Vaccination in Bombay 1869-1873 - 1869-1873
Year: 1869
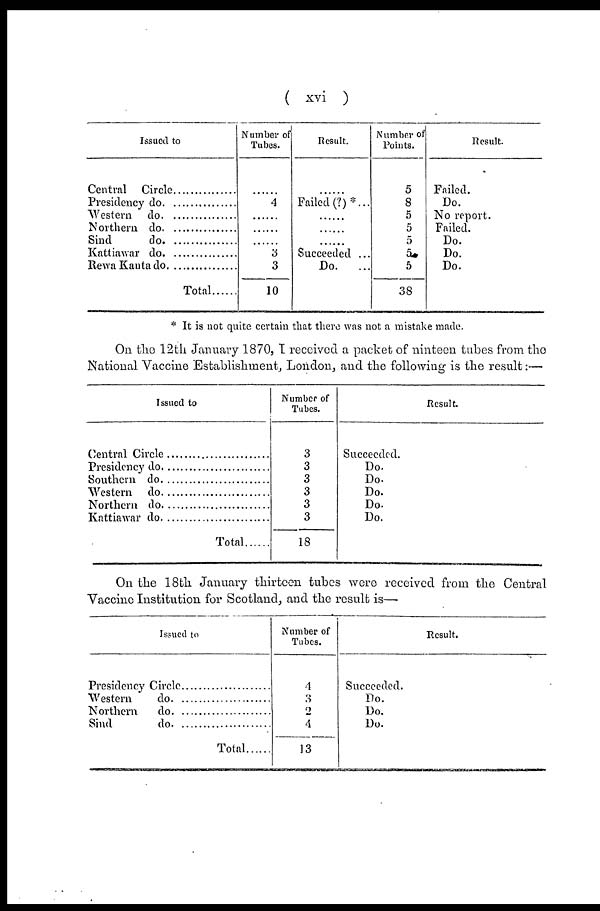
( xvi )
Issued to
Central Circle
Presidency do. .............
Western do. .............
Northern do. .............
Sind do. .............
Kattiawar do. .............
Rewa Kanta do. .............
Total...
Number of
Tubes.
......
4
......
......
......
3
3
10
Result.
......
Failed (?)*...
......
......
......
Succeeded ...
Do.
...
Number of
Points.
5
8
5
5
5
5
5
38
Result.
Failed.
Do.
No report.
Failed.
Do.
Do.
Do.
* It is not quite certain that there was not a mistake made.
On the 12th January 1870, I received a packet of ninteen tubes from the
National Vaccine Establishment, London, and the following is the result:—
Issued to
Central Circle ...........................
Presidency do. ...........................
Southern do. ...........................
Western do. ...........................
Northern do. ...........................
Kattiawar do. ...........................
Total......
Number of
Tubes.
3
3
3
3
3
3
18
Result.
Succeeded.
Do.
Do.
Do.
Do.
Do.
On the 18th January thirteen tubes were received from the Central
Vaccine Institution for Scotland, and the result is—
Issued to
Presidency Circle ..........................
Western do. ..........................
Northern do. ..........................
Sind do. ..........................
Total......
Number of
Tubes.
4
3
2
4
13
Result.
Succeeded.
Do.
Do.
Do.